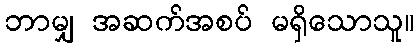
ဘာမျှ အဆက်အစပ် မရှိသောသူ။